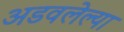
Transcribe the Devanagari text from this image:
अडवलेल्या